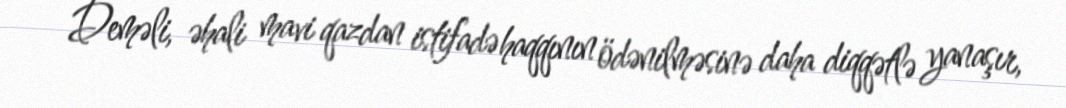
Deməli, əhali mavi qazdan istifadə haqqının ödənilməsinə daha diqqətlə yanaşır,